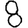
Digit: 8